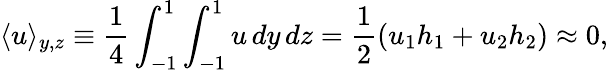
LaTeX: \langle u\rangle_{y,z}\equiv\frac{1}{4}\int_{-1}^{1}\int_{-1}^{1}u\, dy\, dz=\frac{1}{2}(u_{1}h_{1}+u_{2}h_{2})\approx 0,